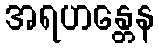
အရဟန္တေန